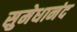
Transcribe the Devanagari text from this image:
सुमेधानंद